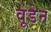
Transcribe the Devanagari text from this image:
वूडेन